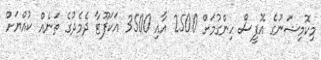
މިކޮމިޝަނުގެ އޮފީސް ހިންގުމަށް 2500 އާއި 3500 އަކަފޫޓާ ދެމެދުގެ ތަނެއް ކުއްޔަށް